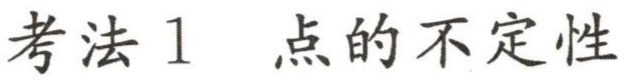
考法1 点的不确定性